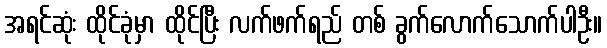
အရင်ဆုံး ထိုင်ခုံမှာ ထိုင်ပြီး လက်ဖက်ရည် တစ် ခွက်လောက်သောက်ပါဦး။